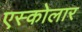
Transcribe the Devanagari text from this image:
एस्कोलार